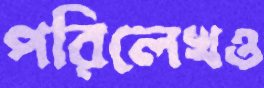
পরিলেখও